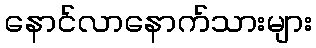
နောင်လာနောက်သားများ